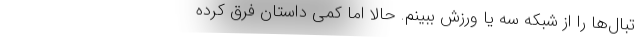
تبال‌ها را از شبکه سه یا ورزش ببینم. حالا اما کمی داستان فرق کرده